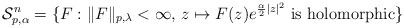
LaTeX: \begin{align*}\mathcal{S}^n_{p,\alpha}=\{F: \|F\|_{p,\lambda}<\infty,\, z\mapsto F(z)e^{\frac{\alpha}{2}|z|^2}\mbox{ is holomorphic}\}\end{align*}